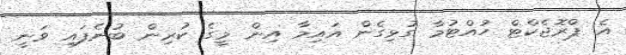
އެ ޕްރޮޖެކްޓް ހުއްޓުމާ ގުޅިގެން އައިމާ އިން މީގެ ކުރިން ބުނެފައި ވަނީ